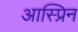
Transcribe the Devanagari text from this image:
आस्प्रिन